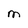
Character: M